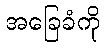
အခြေခံကို